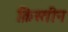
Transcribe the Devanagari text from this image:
क्रिस्तीन